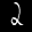
Label: 2